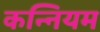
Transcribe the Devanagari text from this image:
कन्नियम